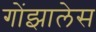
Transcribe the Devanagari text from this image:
गोंझालेस